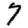
Digit: 7